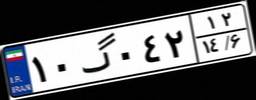
۱۰گ۰۴۲۱۲